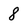
Character: 8